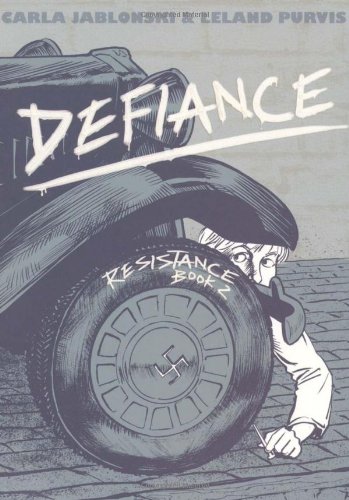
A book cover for Defiance: Resistance Book 2; Carla Jablonski; Teen & Young Adult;